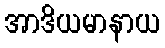
အာဒိယမာနာယ